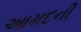
આમદની